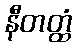
နီတတ္ထံ